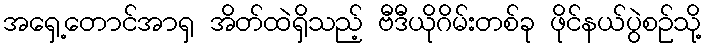
အရှေ့တောင်အာရှ အိတ်ထဲရှိသည့် ဗီဒီယိုဂိမ်းတစ်ခု ဖိုင်နယ်ပွဲစဉ်သို့